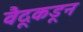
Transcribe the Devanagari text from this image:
वैदूकडून